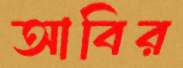
আবির